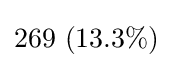
269\ (13.3\%)